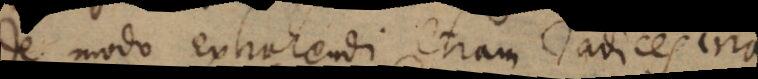
De modo extrahendi etiam radices